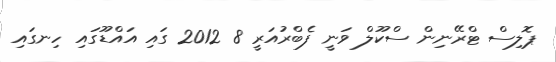
ޕޮލިސް ޓްރޭނިން ސްކޫލް ވަނީ ފެބްރުއަރީ 8 2012 ގައި އައްޑޫގައި ހިނގައި